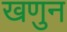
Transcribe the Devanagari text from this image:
खणुन